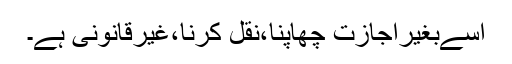
اسےبغیراجازت چھاپنا،نقل کرنا،غیرقانونی ہے۔